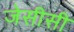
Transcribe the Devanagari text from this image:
जेसीसी